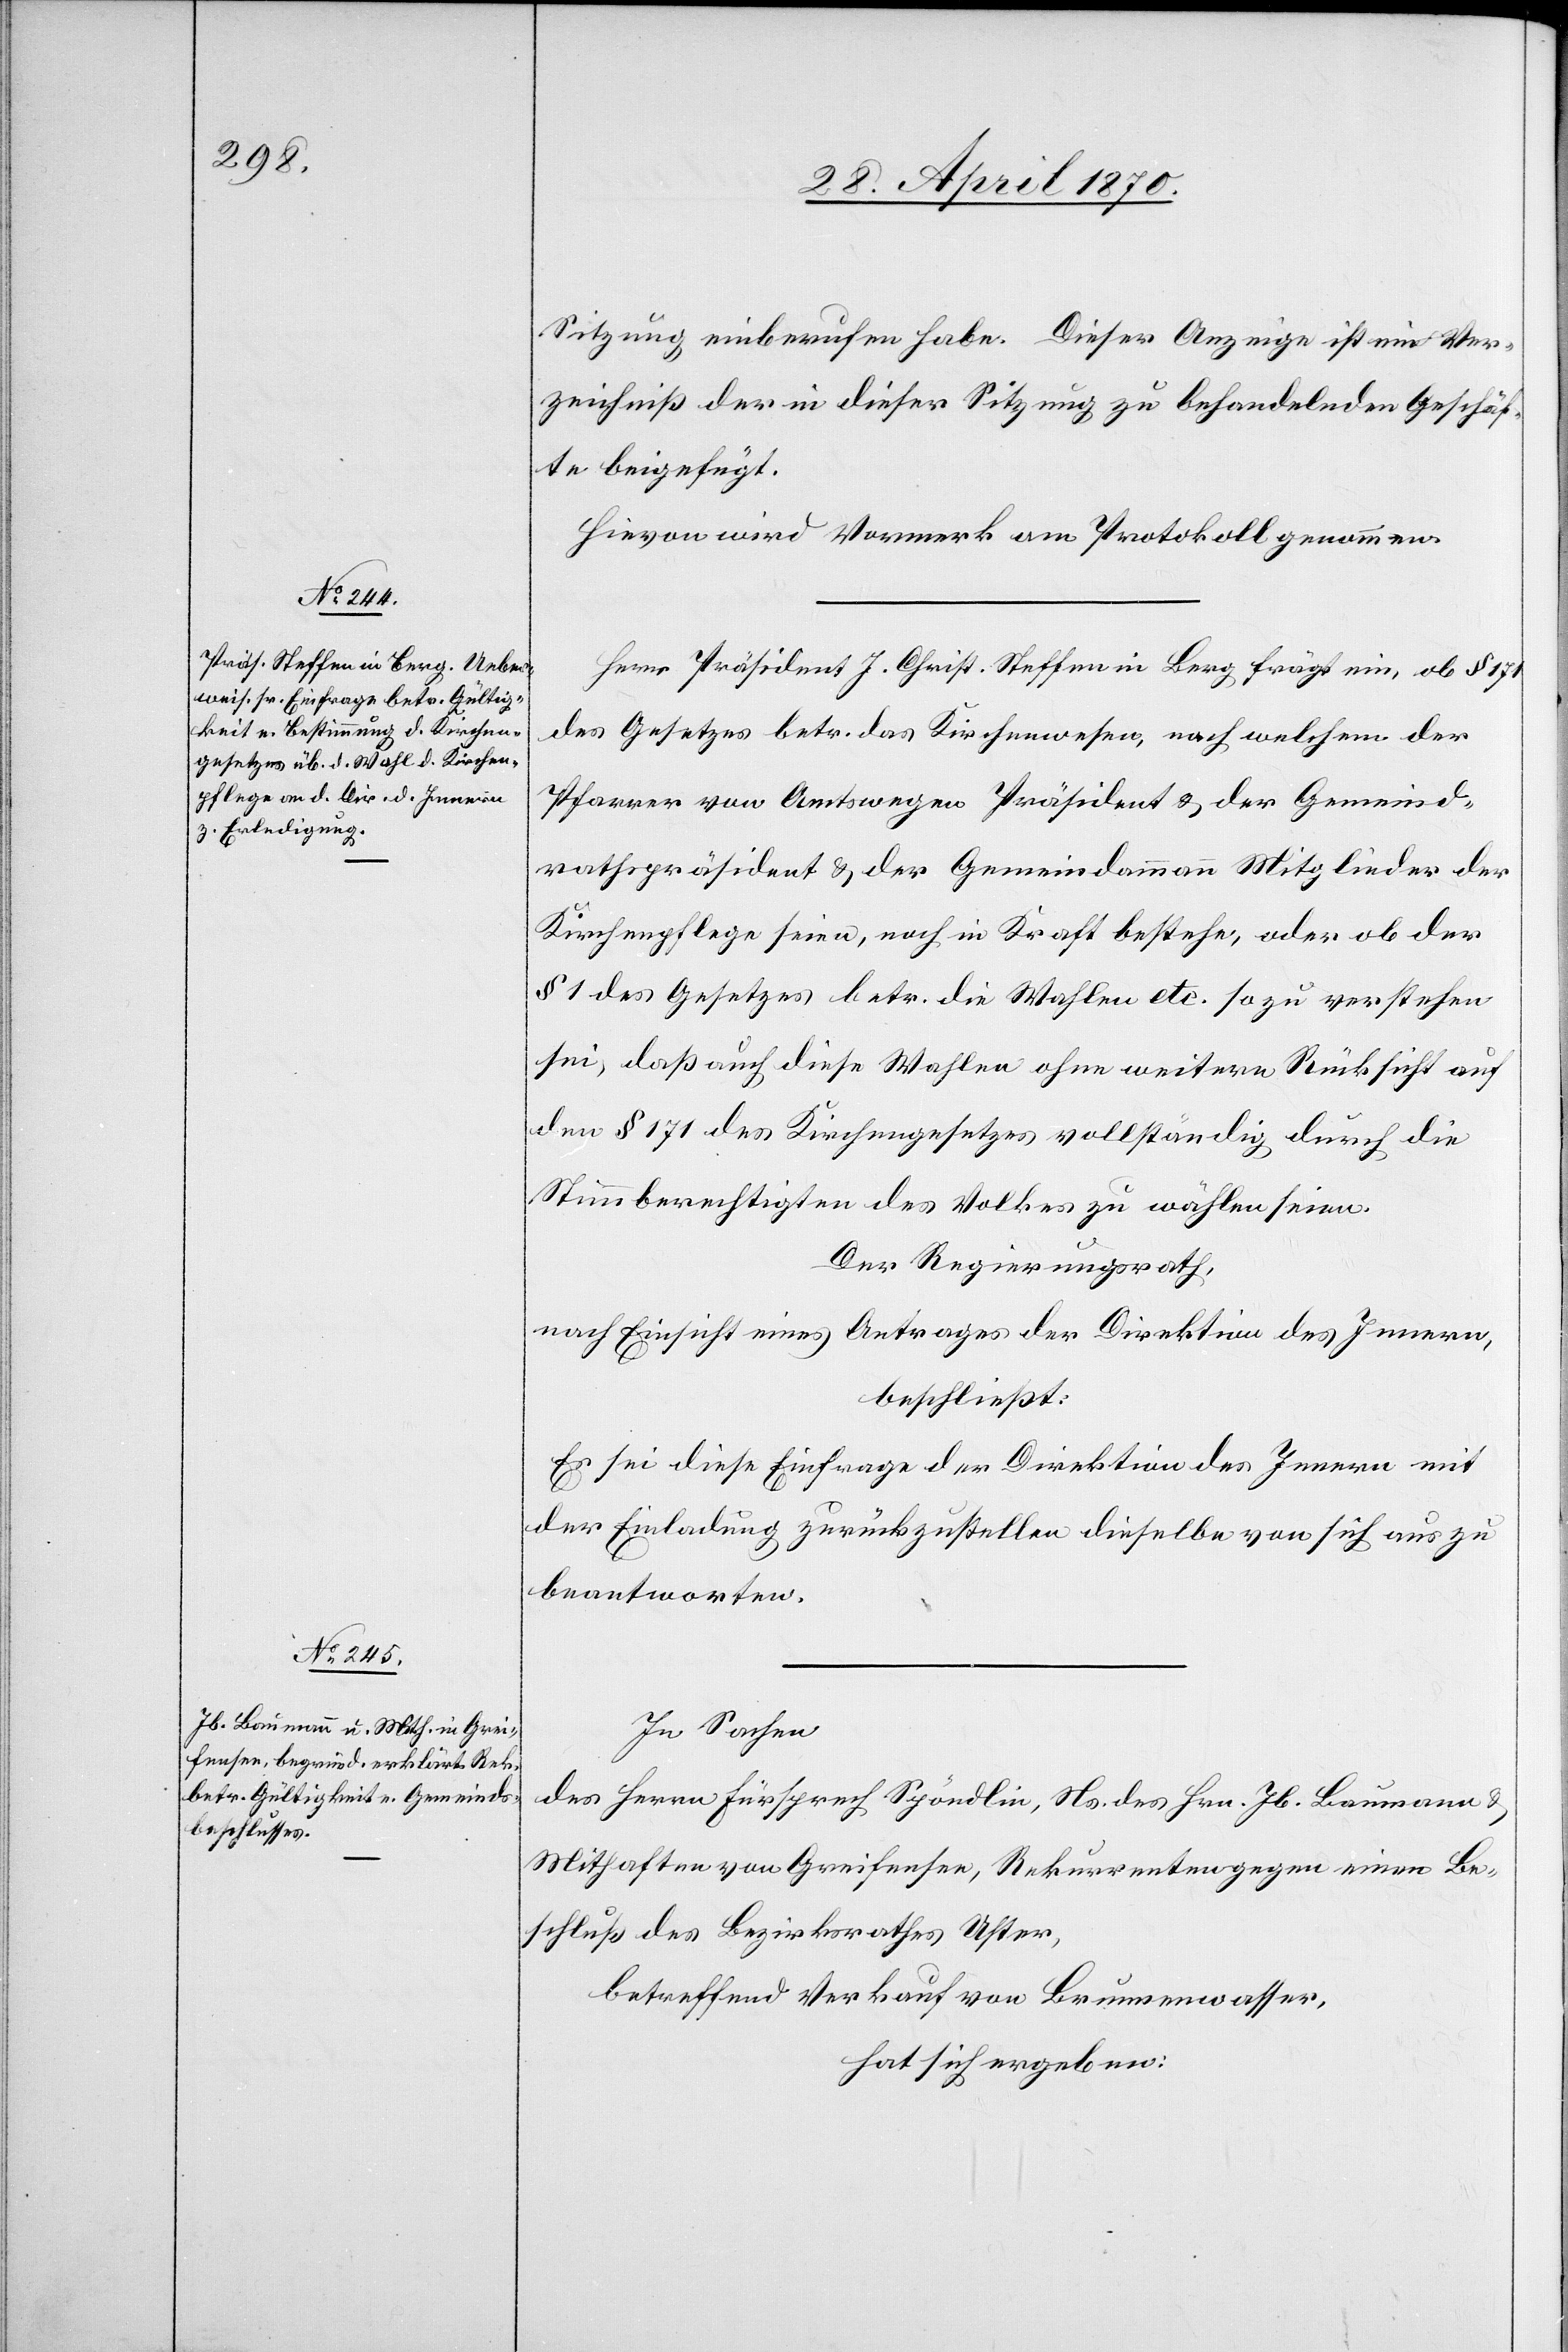
Sitzung einberufen habe. Dieser Anzeige ist ein Ver¬
zeichniß der in dieser Sitzung zu behandelnden Geschäf¬
te beigefügt.
Hievon wird Vormerk am Protokoll genommen.
Herr Präsident J. Christ. Steffen in Berg frägt ein, ob § 171
des Gesetzes betr. das Kirchenwesen, nach welchem der
Pfarrer von Amtswegen Präsident & der Gemeind¬
rathspräsident & der Gemeindammann Mitglieder der
Kirchenpflege seien, noch in Kraft bestehe, oder ob der
§ 1 des Gesetzes betr. die Wahlen etc. so zu verstehen
sei, daß auch diese Wahlen ohne weitere Rücksicht auf
den § 171 des Kirchengesetzes vollständig durch die
Stimmberechtigten des Volkes zu wählen seien.
Der Regierungsrath,
nach Einsicht eines Antrages der Direktion des Innern,
beschließt:
Es sei diese Einfrage der Direktion des Innern mit
der Einladung zurückzustellen[,] dieselbe von sich aus zu
beantworten.
In Sachen
des Herrn Fürsprech Spöndlin, Ns. des Hrn. Jb. Baumann &
Mithaften von Greifensee, Rekurrenten gegen einen Be¬
schluß des Bezirksrathes Uster,
betreffend Verkauf von Brunnenwasser,
hat sich ergeben: